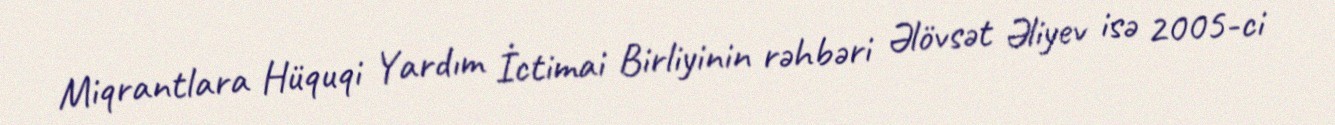
Miqrantlara Hüquqi Yardım İctimai Birliyinin rəhbəri Əlövsət Əliyev isə 2005-ci